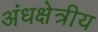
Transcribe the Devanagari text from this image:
अंधक्षेत्रीय